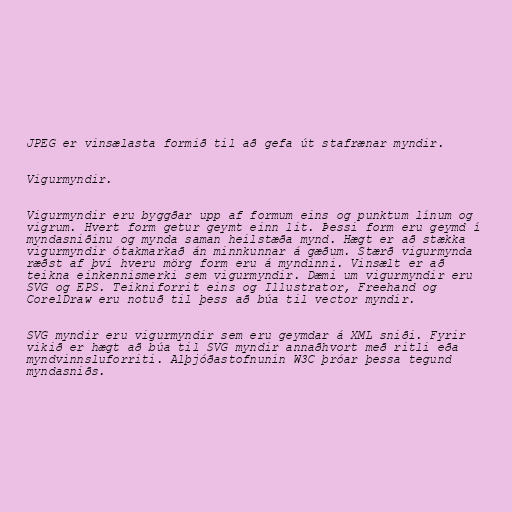
JPEG er vinsælasta formið til að gefa út stafrænar myndir.

Vigurmyndir.

Vigurmyndir eru byggðar upp af formum eins og punktum línum og
vigrum. Hvert form getur geymt einn lit. Þessi form eru geymd í
myndasniðinu og mynda saman heilstæða mynd. Hægt er að stækka
vigurmyndir ótakmarkað án minnkunnar á gæðum. Stærð vigurmynda
ræðst af því hveru mörg form eru á myndinni. Vinsælt er að
teikna einkennismerki sem vigurmyndir. Dæmi um vigurmyndir eru
SVG og EPS. Teikniforrit eins og Illustrator, Freehand og
CorelDraw eru notuð til þess að búa til vector myndir.

SVG myndir eru vigurmyndir sem eru geymdar á XML sniði. Fyrir
vikið er hægt að búa til SVG myndir annaðhvort með ritli eða
myndvinnsluforriti. Alþjóðastofnunin W3C þróar þessa tegund
myndasniðs.